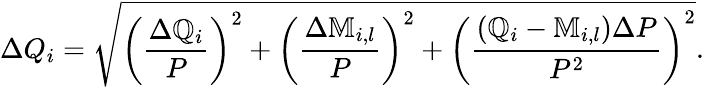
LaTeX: \Delta Q_{i}=\sqrt{\left(\frac{\Delta\mathbb{Q}_{i}}{P}\right)^{2}+\left(\frac{\Delta\mathbb{M}_{i,l}}{P}\right)^{2}+\left(\frac{\left(\mathbb{Q}_{i}-\mathbb{M}_{i,l}\right)\Delta P}{P^{2}}\right)^{2}}.